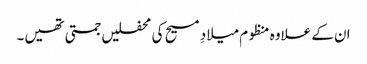
ان کے علاوہ منظوم میلادِ مسیح کی محفلیں جمتی تھیں۔